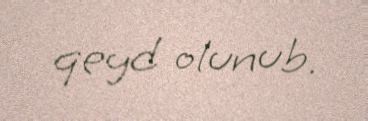
qeyd olunub.